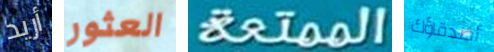
أريد العثور الممتعة أصدقاؤك